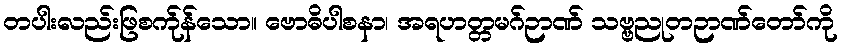
တပါးလည်းဖြစက်ုန်သော။ ဗောဓိပါစနာ၊ အရဟတ္တမဂ်ဉာဏ် သဗ္ဗညုတဉာဏ်တော်ကို